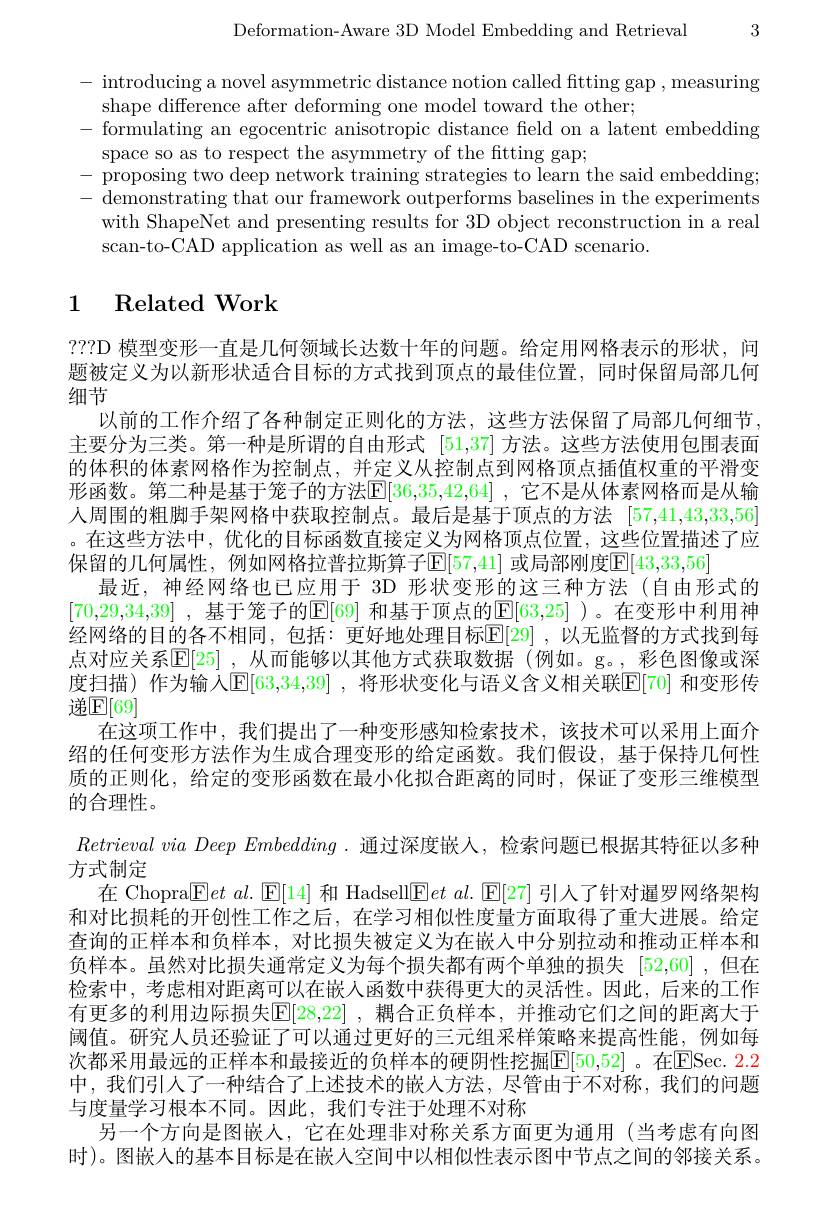
Deformation-Aware 3D Model Embedding and Retrieval

3

- introducing a novel asymmetric distance notion called ftting gap , measuring
shape difference after deforming one model toward the other;
formulating an egocentric anisotropic distance field on a latent embedding
space so as to respect the asymmetry of the ftting gap;
- proposing two deep network training strategies to learn the said embedding; - demonstrating that our framework outperforms baselines in the experiments
with ShapeNet and presenting results for 3D object reconstruction in a real
scan-to-CAD application as well as an image-to-CAD scenario.

## 1 Related Work

???D 模型变形一直是几何领域长达数十年的问题。给定用网格表示的形状，问题被定义为以新形状适合目标的方式找到顶点的最佳位置，同时保留局部几何细节
以前的工作介绍了各种制定正则化的方法，这些方法保留了局部几何细节主要分为三类。第一种是所谓的自由形式[51,37]方法。这些方法使用包围表面的体积的体素网格作为控制点，并定义从控制点到网格顶点插值权重的平滑变形函数。第二种是基于笼子的方法[E[36,35,42,64] ,它不是从体素网格而是从输人周围的粗脚手架网格中获取控制点。最后是基于顶点的方法 [57,41,43,33,56] 。在这些方法中，优化的目标函数直接定义为网格顶点位置，这些位置描述了应保留的几何属性，例如网格拉普拉斯算子$\mathbb{E}[57,41]$ 或局部刚度$\mathbb{E}[43,33,56]$
最近，神经网络也已应用于 3D 形状变形的这三种方法(自由形式的[70,29,34,39] , 基 于 笼 子 的 $\mathbb{E} [$69] 和基于顶点的$\mathbb{E}[63,25]$ )。在变形中利用神经网络的目的各不相同，包括：更好地处理目标$\mathbb{E}[29]$ ,以无监督的方式找到每点对应关系$\mathbb{E} [ 25]$ ,从而能够以其他方式获取数据(例如。g。,彩色图像或深度扫描)作为输入$\mathbb{E}[63,34,39]$ ,将形状变化与语义含义相关联$\mathbb{E}[70]$ 和变形传递$\mathbb{E}[69]$
在这项工作中，我们提出了一种变形感知检索技术，该技术可以采用上面介绍的任何变形方法作为生成合理变形的给定函数。我们假设，基于保持几何性质的正则化，给定的变形函数在最小化拟合距离的同时，保证了变形三维模型的合理性。
$Retrieval\textit{ via Deep Embedding . 通 过 深 度 嵌 人 , 检 索 问 题 已 根 据 其 特 征 以 多 种 }$
方式制定
在 Chopra$\boxed{\mathrm{E} }et\textit{ al. [ E[ 14] 和 Hadsell}\boxed{\mathrm{F} }et\textit{ al. [ E[ 27] 引 人 了 针 对 暹 罗 网 络 架 构 }$ 和对比损耗的开创性工作之后，在学习相似性度量方面取得了重大进展。给定查询的正样本和负样本，对比损失被定义为在嵌入中分别拉动和推动正样本和负样本。虽然对比损失通常定义为每个损失都有两个单独的损失[52,60] ,但在检索中，考虑相对距离可以在嵌人函数中获得更大的灵活性。因此，后来的工作有更多的利用边际损失$\mathbb{E}[28,22]$ ,耦合正负样本 ,并推动它们之间的距离大于阈值。研究人员还验证了可以通过更好的三元组采样策略来提高性能，例如每次都采用最远的正样本和最接近的负样本的硬阴性挖掘[50,52]。在[E]Sec. 2.2中，我们引入了一种结合了上述技术的嵌人方法，尽管由于不对称，我们的问题与度量学习根本不同。因此，我们专注于处理不对称
另一个方向是图嵌人，它在处理非对称关系方面更为通用(当考虑有向图时)。图嵌人的基本目标是在嵌人空间中以相似性表示图中节点之间的邻接关系。